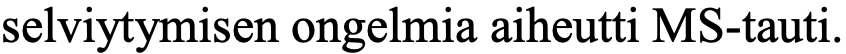
selviytymisen ongelmia aiheutti MS-tauti.